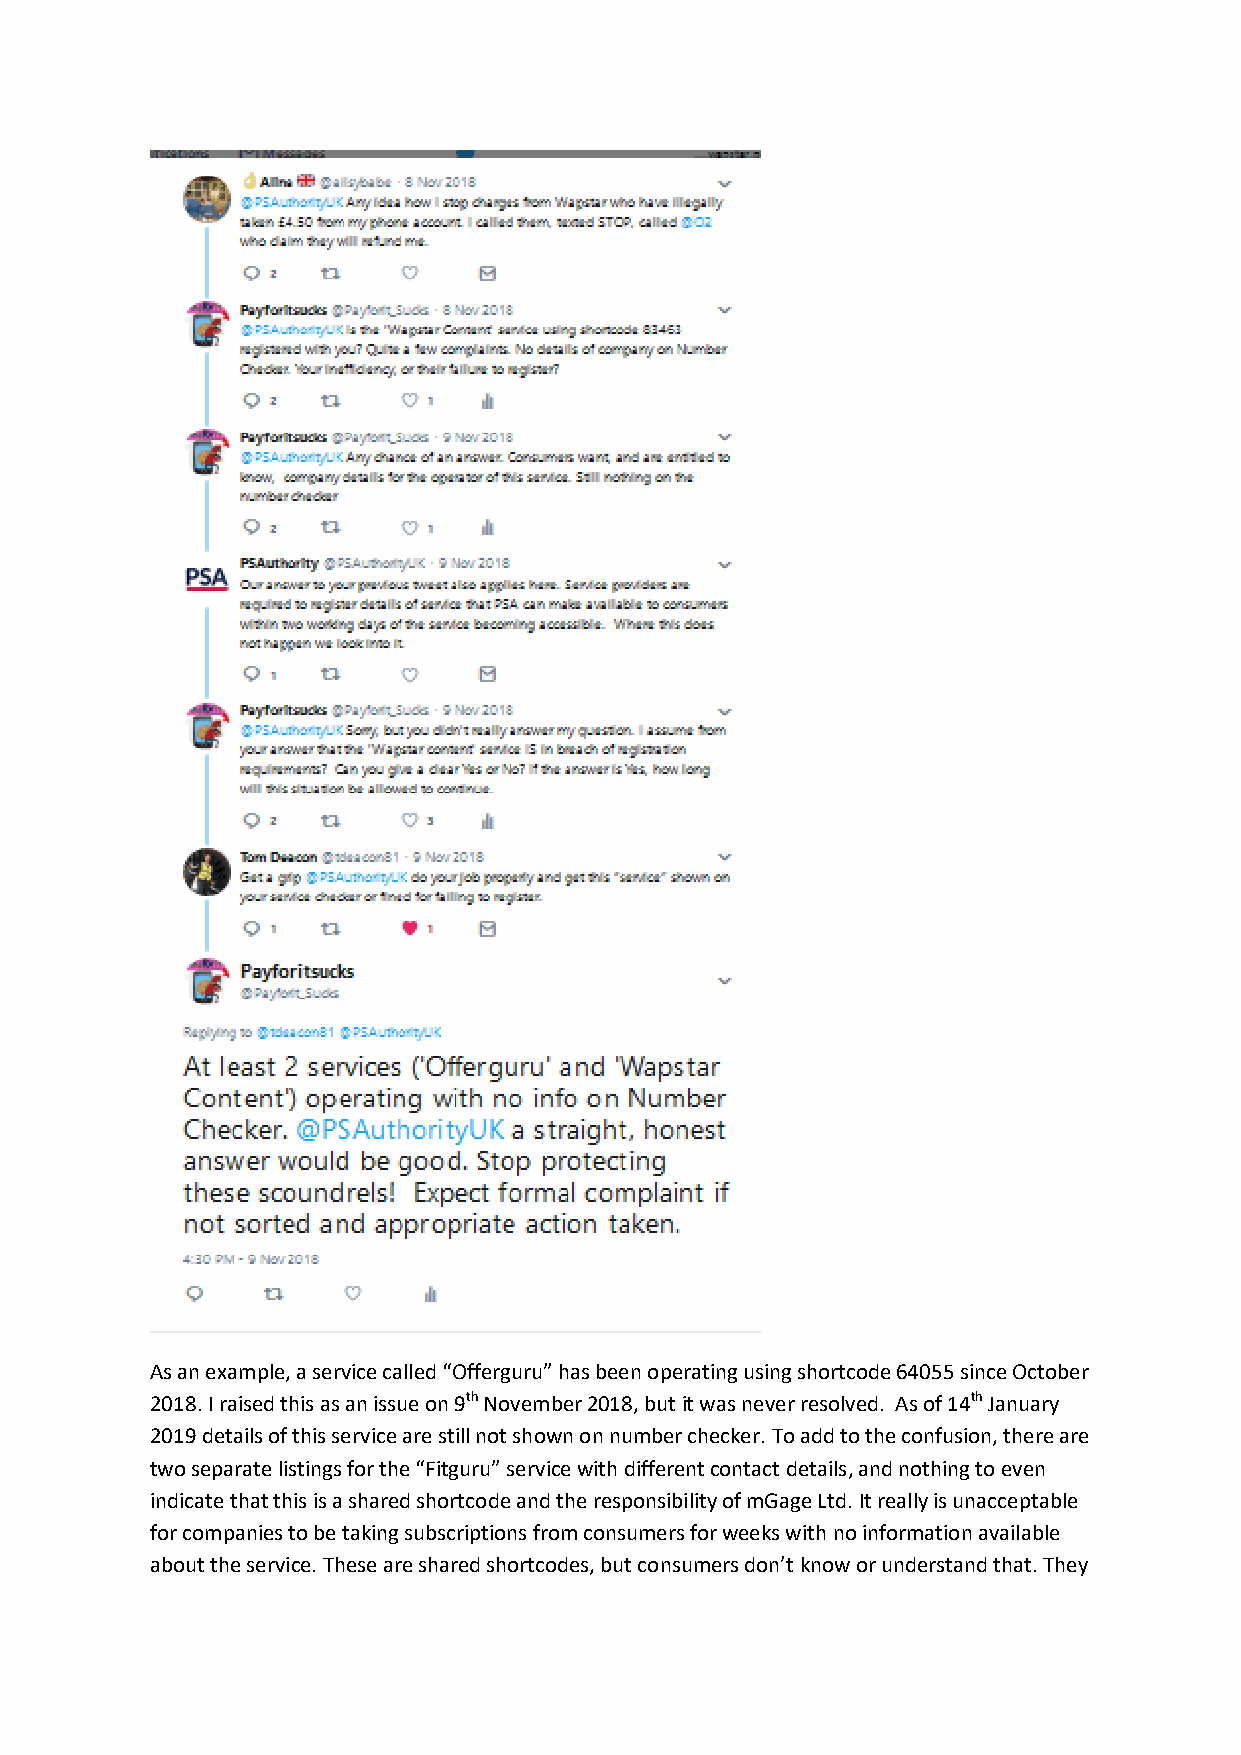
As an example, a service called “Offerguru” has been operating using shortcode 64055 since October
 2018. I raised this as an issue on 9th November 2018, but it was never resolved. As of 14th January
 2019 details of this service are still not shown on number checker. To add to the confusion, there are
 two separate listings for the “Fitguru” service with different contact details, and nothing to even
 indicate that this is a shared shortcode and the responsibility of mGage Ltd. It really is unacceptable
 for companies to be taking subscriptions from consumers for weeks with no information available
 about the service. These are shared shortcodes, but consumers don’t know or understand that. They